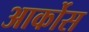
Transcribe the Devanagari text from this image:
आर्कोस